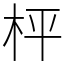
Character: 枰